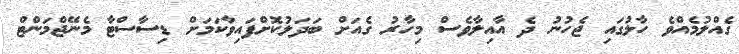
ގެއްލުމެއްވެ ހާލުގައި ޖެހުނު ދެ އާއިލާވެސް މިހާރު ގެއަށް ބަދަލުކޮށްފައިވާކަމަށް ޑިސާސްޓާ މެނޭޖްމަންޓް